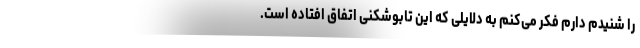
را شنیدم دارم فکر می‌کنم به دلایلی که این تابوشکنی اتفاق افتاده است.